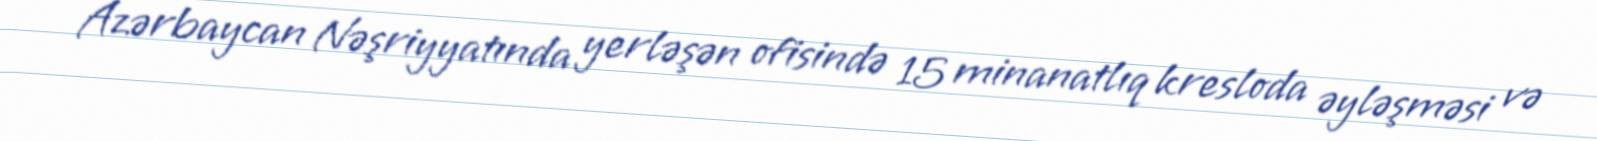
Azərbaycan Nəşriyyatında yerləşən ofisində 15 minanatlıq kresloda əyləşməsi və